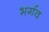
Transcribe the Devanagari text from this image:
भर्गव